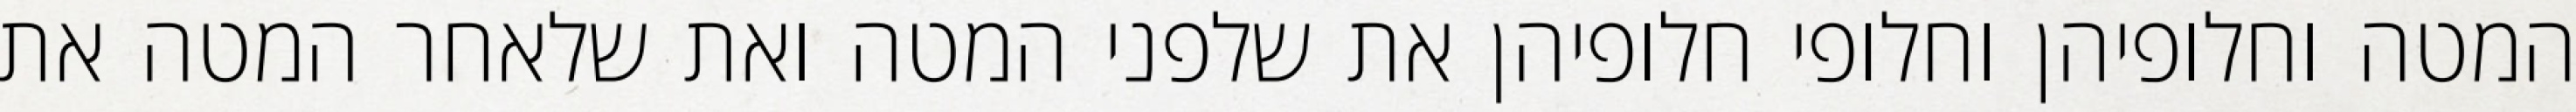
המטה וחלופיהן וחלופי חלופיהן את שלפני המטה ואת שלאחר המטה את